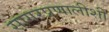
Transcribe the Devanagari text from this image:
सागरप्रणालीशी